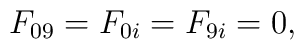
\begin{array}{c} F_{09} = F_{0i} = F_{9i} = 0, \\\end{array}